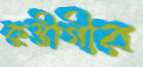
কুস্তীগীর